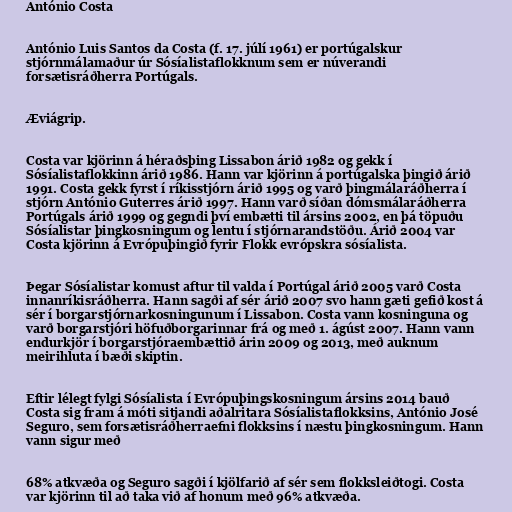
António Costa

António Luis Santos da Costa (f. 17. júlí 1961) er portúgalskur
stjórnmálamaður úr Sósíalistaflokknum sem er núverandi
forsætisráðherra Portúgals.

Æviágrip.

Costa var kjörinn á héraðsþing Lissabon árið 1982 og gekk í
Sósíalistaflokkinn árið 1986. Hann var kjörinn á portúgalska þingið árið
1991. Costa gekk fyrst í ríkisstjórn árið 1995 og varð þingmálaráðherra í
stjórn António Guterres árið 1997. Hann varð síðan dómsmálaráðherra
Portúgals árið 1999 og gegndi því embætti til ársins 2002, en þá töpuðu
Sósíalistar þingkosningum og lentu í stjórnarandstöðu. Árið 2004 var
Costa kjörinn á Evrópuþingið fyrir Flokk evrópskra sósíalista.

Þegar Sósíalistar komust aftur til valda í Portúgal árið 2005 varð Costa
innanríkisráðherra. Hann sagði af sér árið 2007 svo hann gæti gefið kost á
sér í borgarstjórnarkosningunum í Lissabon. Costa vann kosninguna og
varð borgarstjóri höfuðborgarinnar frá og með 1. ágúst 2007. Hann vann
endurkjör í borgarstjóraembættið árin 2009 og 2013, með auknum
meirihluta í bæði skiptin.

Eftir lélegt fylgi Sósíalista í Evrópuþingskosningum ársins 2014 bauð
Costa sig fram á móti sitjandi aðalritara Sósíalistaflokksins, António José
Seguro, sem forsætisráðherraefni flokksins í næstu þingkosningum. Hann
vann sigur með

68% atkvæða og Seguro sagði í kjölfarið af sér sem flokksleiðtogi. Costa
var kjörinn til að taka við af honum með 96% atkvæða.